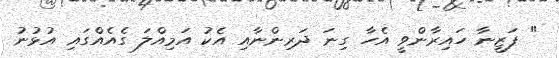
" ފަޒީނާ ހައިރާންވީ އެހާ ގިނަ ދަރިންނާއި އެކު އަމިއްލަ ގެއެއްގައި އުޅުނު